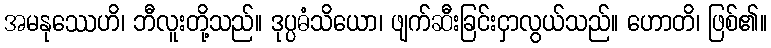
အမနုဿေဟိ၊ ဘီလူးတို့သည်။ ဒုပ္ပဓံသိယော၊ ဖျက်ဆီးခြင်းငှာလွယ်သည်။ ဟောတိ၊ ဖြစ်၏။